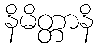
နိမိတ္တာနိ